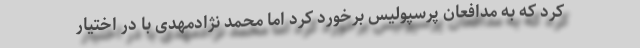
کرد که به مدافعان پرسپولیس برخورد کرد اما محمد نژادمهدی با در اختیار